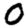
Digit: 0